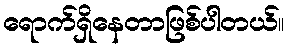
ရောက်ရှိနေတာဖြစ်ပါတယ်။